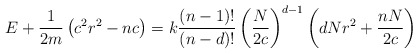
\begin{align*}E+\frac{1}{2m}\left( c^{2}r^{2}-nc\right) =k\frac{\left( n-1\right)!}{\left( n-d\right) !}\left( \frac{N}{2c}\right) ^{d-1}\left(dNr^{2}+\frac{nN}{2c}\right)\end{align*}